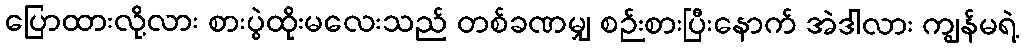
ပြောထားလို့လား စားပွဲထိုးမလေးသည် တစ်ခဏမျှ စဉ်းစားပြီးနောက် အဲဒါလား ကျွန်မရဲ့